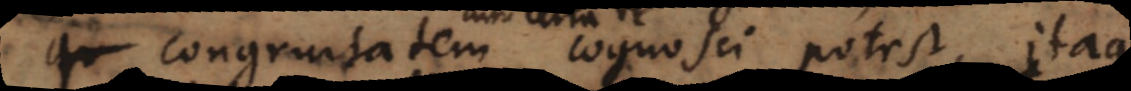
per congruitatem cognosci potest, itaque